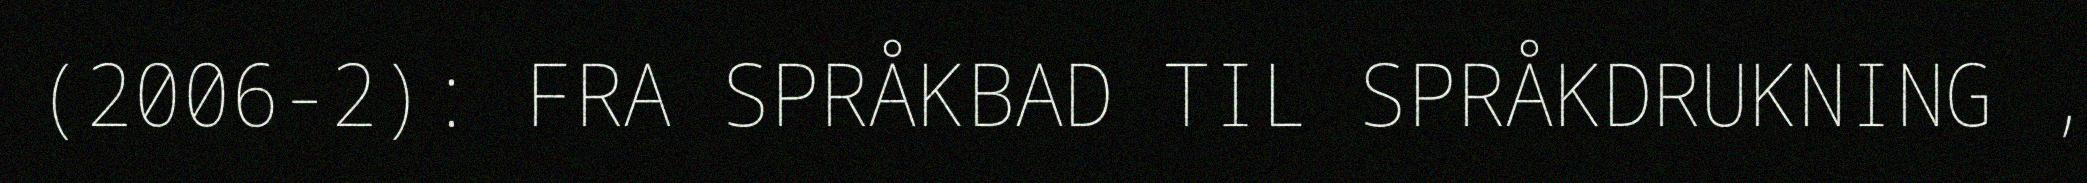
(2006-2): FRA SPRÅKBAD TIL SPRÅKDRUKNING ,